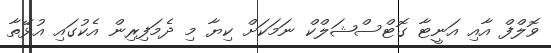
ވޮލްފް އާއި އަނީޓާ ގޮޓްސްޝަލްކް ނަމަކަށް ކިޔާ މި ދެމަފިރިން އެކުގައި އުޅޭތާ